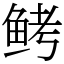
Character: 鲓